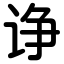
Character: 诤